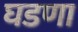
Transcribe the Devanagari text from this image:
घडणा